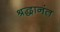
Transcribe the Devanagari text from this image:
श्रद्धानंत